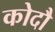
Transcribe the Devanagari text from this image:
कोदौ